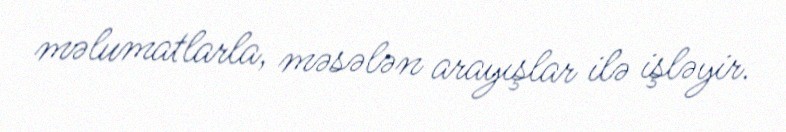
məlumatlarla, məsələn arayışlar ilə işləyir.